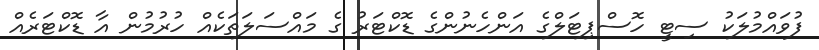
ފުވައްމުލަކު ސިޓީ ހޮސްޕިޓަލްގެ އަންހެނުންގެ ޑޮކްޓަރު ގެ މައްސަލަތަކެއް ހުރުމުން އާ ޑޮކްޓަރެއް